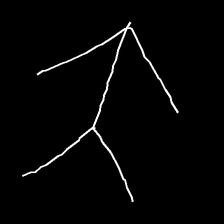
Glyph: gather